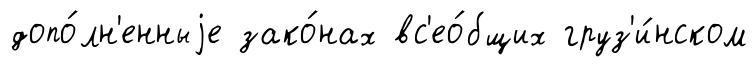
допо́лн'енныjе зако́нах вс'ео́бщих груз'и́нском